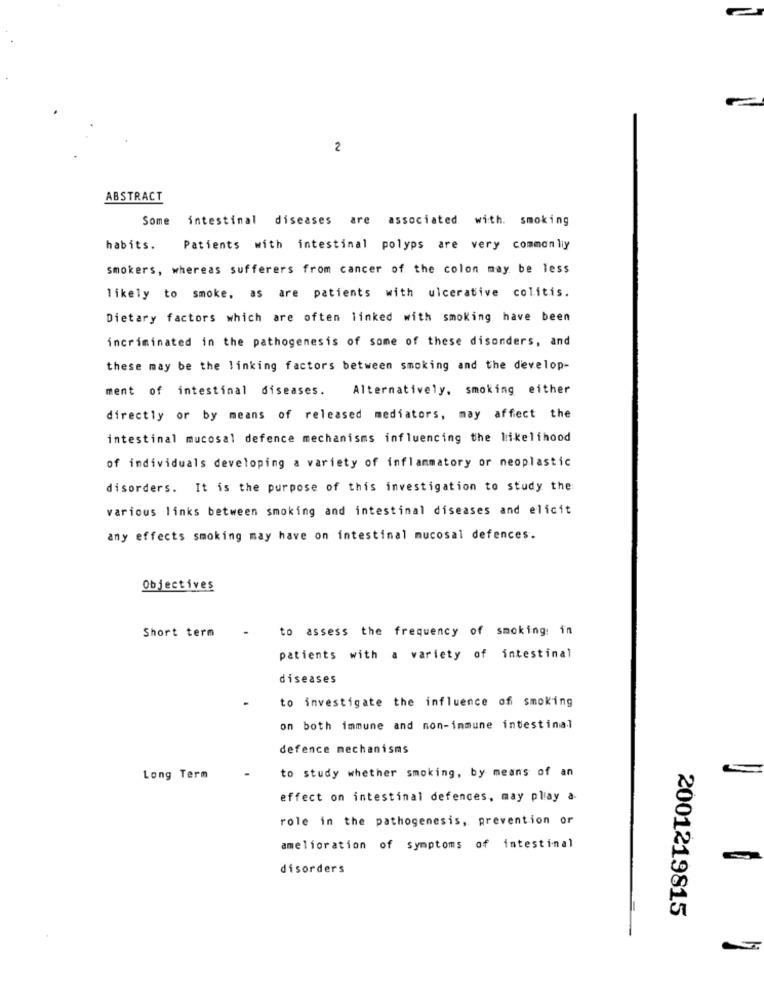
2
ABSTRACT
Some intestinal diseases are associated with. smoking
habits.
Patients with intestinal polyps are very common liy
smokers, whereas sufferers from cancer of the colon may be less
likely to smoke, as are patients with ulcerative colitis.
Dietary factors which are often linked with smoking have been
incriminated in the pathogenesis of some of these disonders, and
these may be the linking factors between smoking and the develop-
ment of intestinal diseases.
Alternatively, smoking either
directly or by means of released mediators, may affect the
intestinal mucosal defence mechanisms influencing the likelihood
of individuals developing a variety of inflammatory or neoplastic
disorders. It is the purpose of this investigation to study the
various links between smoking and intestinal diseases and elicit
any effects smoking may have on intestinal mucosal defences.
Objectives
Short term
to assess the frequency of smoking: in
patients with a variety of intestinal
diseases
to investigate the influence of smoking
on both immune and non-immune intestinal
defence mechanisms
Long Term
to study whether smoking, by means of an
effect on intestinal defences, may play a-
role in the pathogenesis, prevention or
amelioration of symptoms of intestinal
disorders
2001219815